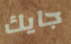
جايك